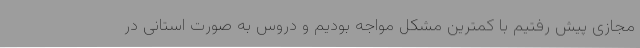
مجازی پیش رفتیم با کمترین مشکل مواجه بودیم و دروس به صورت استانی در